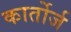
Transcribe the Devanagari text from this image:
कार्तोर्ज